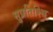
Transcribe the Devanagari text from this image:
सुप्रतिश्थि